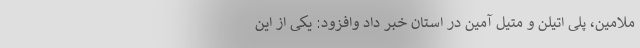
ملامین، پلی اتیلن و متیل آمین در استان خبر داد وافزود: یکی از این